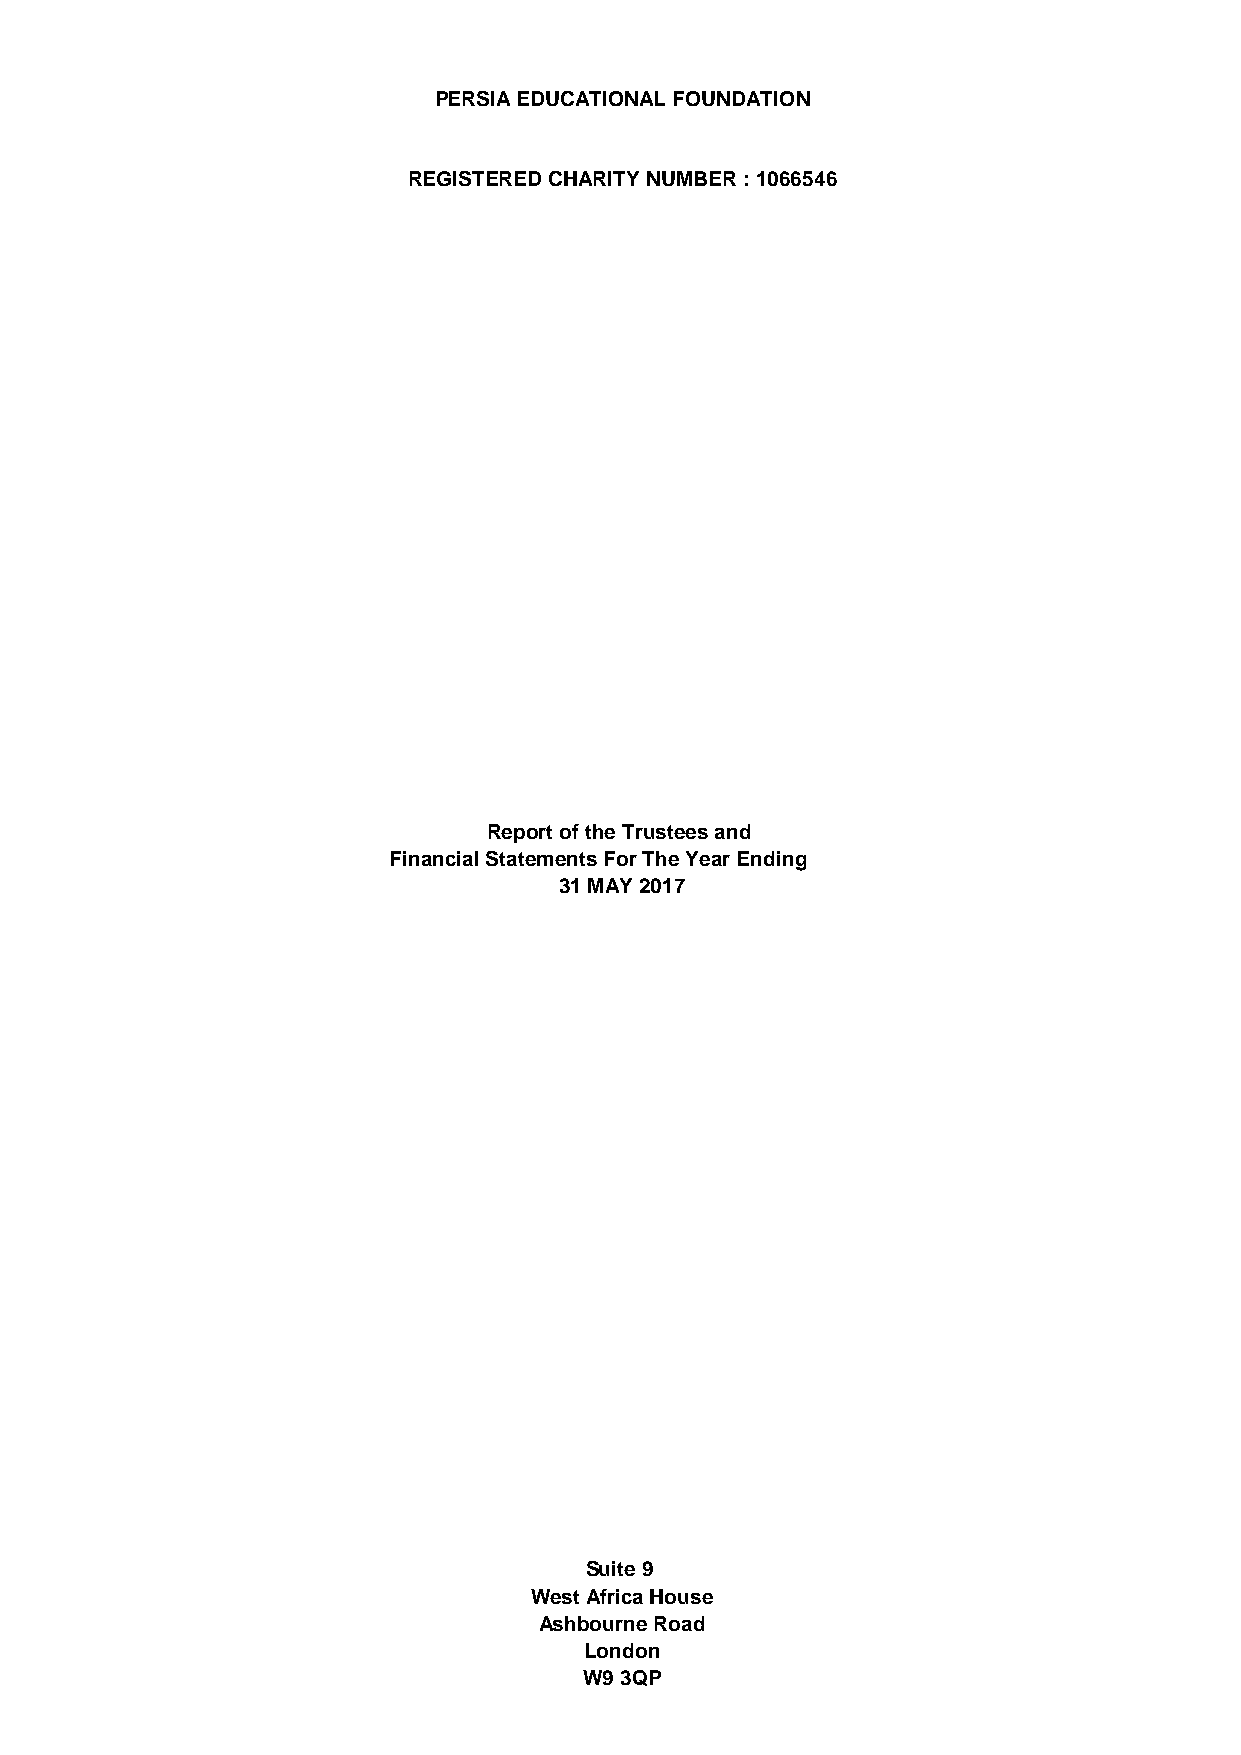
PERSIA EDUCATIONAL FOUNDATION
 REGISTERED CHARITY NUMBER : 1066546
 Report of the Trustees and
 Financial Statements For The Year Ending
 31 MAY 2017
 Suite 9
 West Africa House
 Ashbourne Road
 London
 W9 3QP